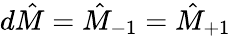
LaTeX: d\hat{M}=\hat{M}_{-1}=\hat{M}_{+1}